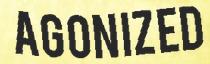
AGONIZED